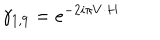
\gamma _ { 1 , 9 } = e ^ { - 2 i \pi V \cdot H }